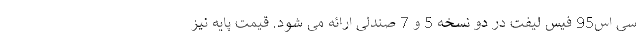
سی اس95 فیس لیفت در دو نسخه 5 و 7 صندلی ارائه می شود. قیمت پایه نیز